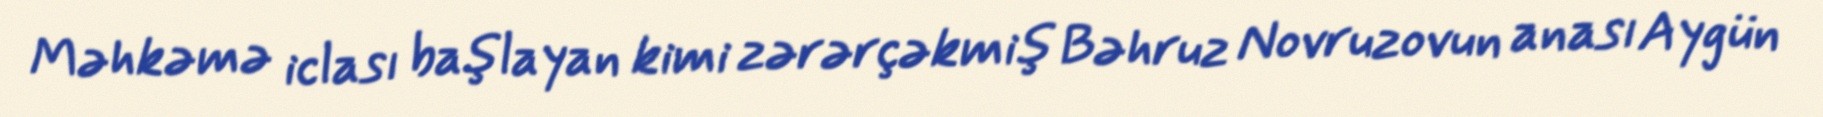
Məhkəmə iclası başlayan kimi zərərçəkmiş Bəhruz Novruzovun anası Aygün